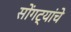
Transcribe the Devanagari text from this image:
सोंगट्यांचे